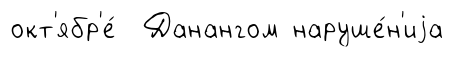
окт'ябр'е́ Данангом наруше́н'иjа